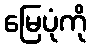
မြေပုံကို